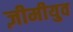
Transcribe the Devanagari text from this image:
ज़ीमीयुव